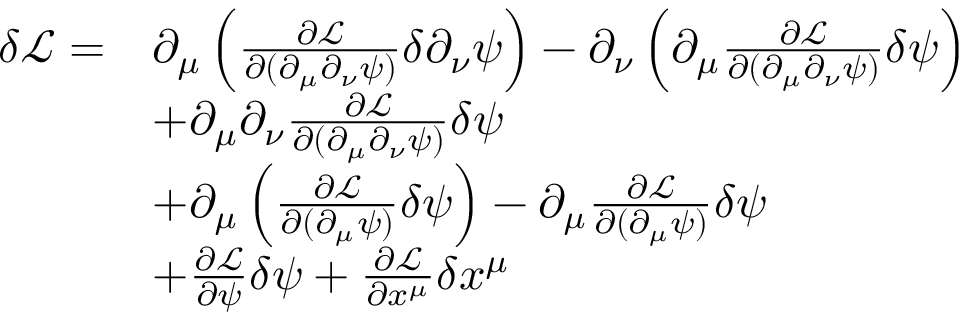
\begin{array} { r l } { \delta \mathcal L = } & { \partial _ { \mu } \left( \frac { \partial \mathcal L } { \partial ( \partial _ { \mu } \partial _ { \nu } \psi ) } \delta \partial _ { \nu } \psi \right) - \partial _ { \nu } \left( \partial _ { \mu } \frac { \partial \mathcal L } { \partial ( \partial _ { \mu } \partial _ { \nu } \psi ) } \delta \psi \right) } \\ & { + \partial _ { \mu } \partial _ { \nu } \frac { \partial \mathcal L } { \partial ( \partial _ { \mu } \partial _ { \nu } \psi ) } \delta \psi } \\ & { + \partial _ { \mu } \left( \frac { \partial \mathcal { L } } { \partial ( \partial _ { \mu } \psi ) } \delta \psi \right) - \partial _ { \mu } \frac { \partial \mathcal { L } } { \partial ( \partial _ { \mu } \psi ) } \delta \psi } \\ & { + \frac { \partial \mathcal L } { \partial \psi } \delta \psi + \frac { \partial \mathcal L } { \partial x ^ { \mu } } \delta x ^ { \mu } } \end{array}